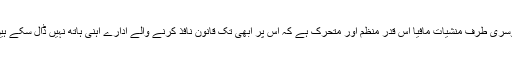
دوسری طرف منشیات مافیا اس قدر منظم اور متحرک ہے کہ اس پر ابھی تک قانون نافذ کرنے والے ادارے آہنی ہاتھ نہیں ڈال سکے ہیں۔